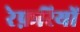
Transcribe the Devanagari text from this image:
रेफ़रियों